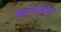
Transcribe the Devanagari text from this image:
महाराजपुरा